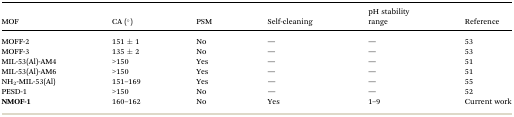
| MOF | CA (°) | PSM | Self-cleaning | pH stability range | Reference |
 | --- | --- | --- | --- | --- | --- |
 | MOFF-2 | 151 ± 1 | No | — | — | 53 |
 | MOFF-3 | 135 ± 2 | No | — | — | 53 |
 | MIL-53(Al)-AM4 | >150 | Yes | — | — | 51 |
 | MIL-53(Al)-AM6 | >150 | Yes | — | — | 51 |
 | NH2-MIL-53(Al) | 151–169 | Yes | — | — | 55 |
 | PESD-1 | >150 | No | — | — | 52 |
 | NMOF-1 | 160–162 | No | Yes | 1–9 | Current work |